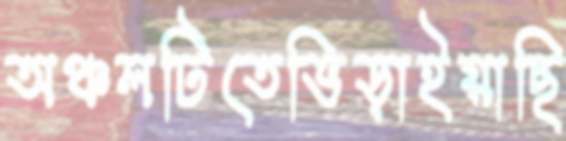
অঞ্চলটিতেভিড়াইয়াছি